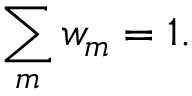
\sum _ { m } w _ { m } = 1 .